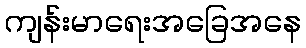
ကျန်းမာရေးအခြေအနေ